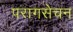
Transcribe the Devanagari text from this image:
परागसेचन